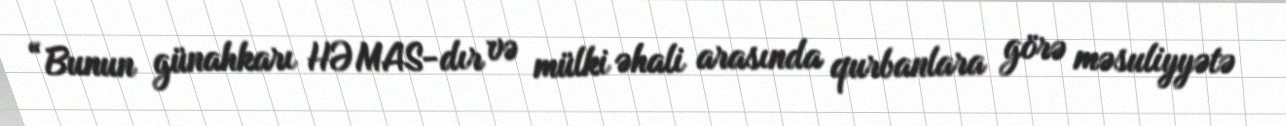
“Bunun günahkarı HƏMAS-dır və mülki əhali arasında qurbanlara görə məsuliyyətə